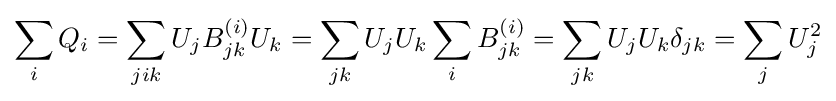
\sum _{i}Q_{i}=\sum _{jik}U_{j}B_{jk}^{(i)}U_{k}=\sum _{jk}U_{j}U_{k}\sum _{i}B_{jk}^{(i)}=\sum _{jk}U_{j}U_{k}\delta _{jk}=\sum _{j}U_{j}^{2}